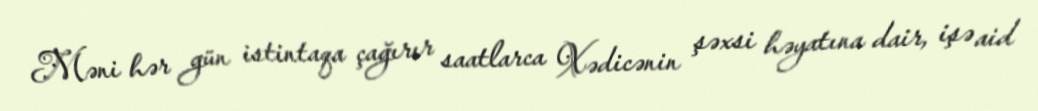
Məni hər gün istintaqa çağırır saatlarca Xədicənin şəxsi həyatına dair, işə aid